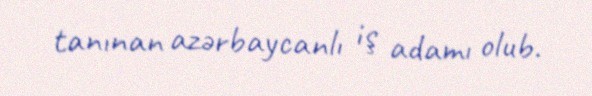
tanınan azərbaycanlı iş adamı olub.